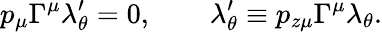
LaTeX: p_{\mu}\Gamma^{\mu}\lambda_{\theta}^{\prime}=0,\qquad\lambda_{\theta}^{\prime}\equiv p_{z\mu}\Gamma^{\mu}\lambda_{\theta}.